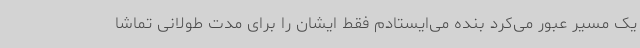
یک مسیر عبور می‌کرد بنده می‌ایستادم فقط ایشان را برای مدت طولانی تماشا